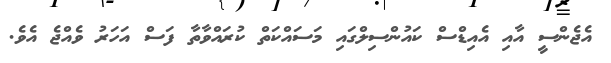
އެޖެންސީ އާއި އެއިޑްސް ކައުންސިލްގައި މަސައްކަތް ކުރައްވާތާ ފަސް އަހަރު ވެއްޖެ އެވެ.